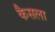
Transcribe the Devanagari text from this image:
कैसला